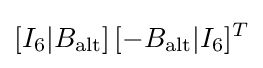
[I_{6}|B_{\mathrm {alt} }]\,[-B_{\mathrm {alt} }|I_{6}]^{T}